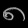
Digit: ၈